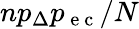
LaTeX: np_{\Delta}p_{\mathrm{~e~c~}}/N